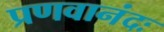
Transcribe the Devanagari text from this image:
प्रणवानंदः